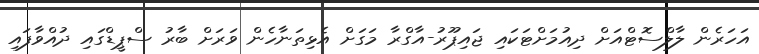
އަހަރެން ލާލްސޮޓްއަށް ދިއުމަށްޓަކައި ޖައިޕޫރު-އާގްރާ މަގަށް އެޅިތަނާހެން ވަރަށް ބާރު ސްޕީޑްގައި ދުއްވާފައި